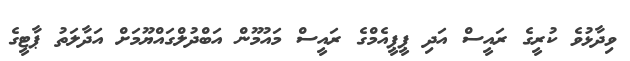
ވިދާޅުވެ ކުރީގެ ރައީސް އަދި ޕީޕީއެމްގެ ރައީސް މައުމޫން އަބްދުލްގައްޔޫމަށް އަދާލަތު ޕާޓީގެ